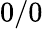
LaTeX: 0/0